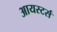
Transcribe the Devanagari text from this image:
आयस्टर्स